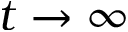
t \rightarrow \infty